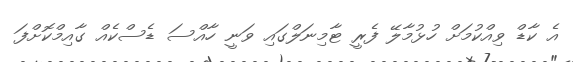
އެ ކާޑް ވިއްކުމަށް ހުޅުމާލޭ ފެރީ ޓާމިނަލްގައި ވަނީ ހާއްސަ ޑެސްކެއް ގާއިމްކޮށްފަ